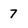
Character: 7